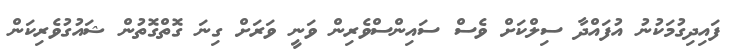
ފައިދިގުމަކުނު އުފައްދާ ސިލްކަށް ވެސް ސައިންސްވެރިން ވަނީ ވަރަށް ގިނަ ގޮތްގޮތުން ޝައުގުވެރިކަން